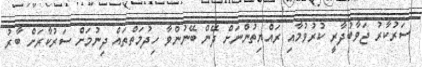
ސަރުކާރު ޖަވާބުދާރީ ކުރުވުމާއި ރައްޔިތުންނަށް ދޭން ބޭނުންވާ ހިދުމަތްތައް ދިނުމަށް ސަރުކާރަށް ބާރު